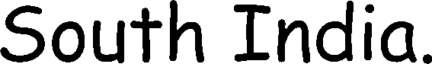
South India